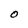
Character: O